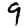
Digit: 9